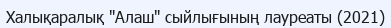
Халықаралық "Алаш" сыйлығының лауреаты (2021)